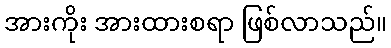
အားကိုး အားထားစရာ ဖြစ်လာသည်။